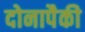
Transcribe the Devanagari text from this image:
दोनापैकी